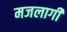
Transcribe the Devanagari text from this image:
मजलागीं